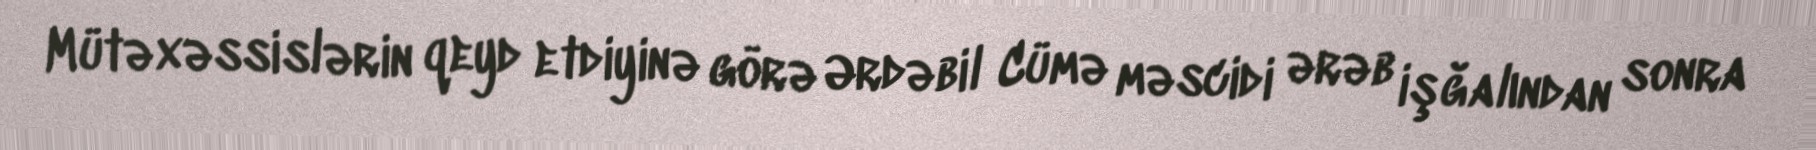
Mütəxəssislərin qeyd etdiyinə görə Ərdəbil Cümə məscidi ərəb işğalından sonra